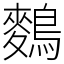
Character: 𪄳